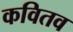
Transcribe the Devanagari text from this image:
कवितव